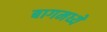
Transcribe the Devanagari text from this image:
बागमध्ये